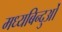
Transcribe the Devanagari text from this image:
मध्यबिन्दुओं